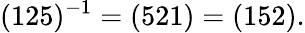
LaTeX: (125)^{-1}=(521)=(152).